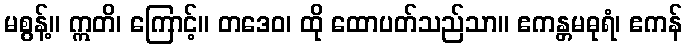
မစွန့်။ ဣတိ၊ ကြောင့်။ တဒေဝ၊ ထို ထောပတ်သည်သာ။ ဧကန္တမဓုရံ၊ ဧကန်